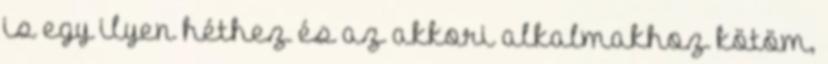
is egy ilyen héthez és az akkori alkalmakhoz kötöm,